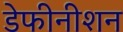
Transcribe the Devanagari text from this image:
डेफीनीशन